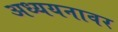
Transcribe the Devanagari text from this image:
अध्ययनावर